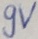
Text: 9V